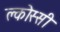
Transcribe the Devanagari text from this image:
क्लोस्सी